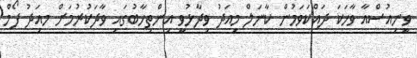
ވީނިއުސްއާ ވާހަކަ ދައްކަވަމުން ކާނަލް މިއަދު ވިދާޅުވީ އިންތިހާބުގައި ވާދަކުރުމަށް މއިަދު ފޯމް